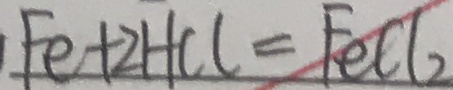
F e + 2 H C l = F e C l _ { 2 }